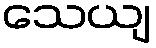
သေယျ